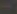
-